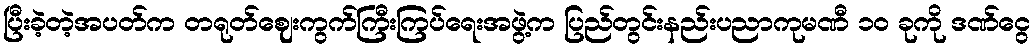
ပြီးခဲ့တဲ့အပတ်က တရုတ်ဈေးကွက်ကြီးကြပ်ရေးအဖွဲ့က ပြည်တွင်းနည်းပညာကုမဏီ ၁၀ ခုကို ဒဏ်ငွေ